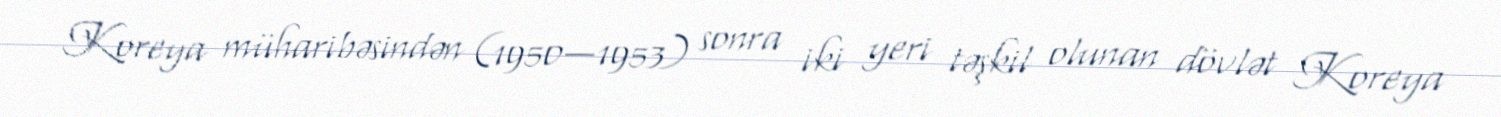
Koreya müharibəsindən (1950—1953) sonra iki yeri təşkil olunan dövlət Koreya